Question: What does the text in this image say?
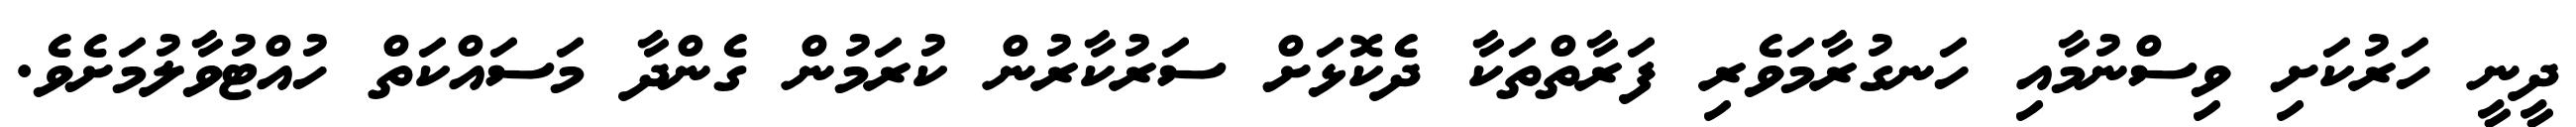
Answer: ދީނީ ހަރުކަށި ވިސްނުމާއި ހަނގުރާމަވެރި ފަރާތްތަކާ ދެކޮޅަށް ސަރުކާރުން ކުރަމުން ގެންދާ މަސައްކަތް ހުއްޓުވާލުމަށެވެ.